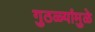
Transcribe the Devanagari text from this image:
गुठळ्यांमुळे